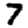
Digit: 7